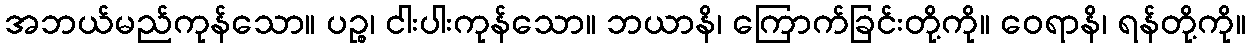
အဘယ်မည်ကုန်သော။ ပဉ္စ၊ ငါးပါးကုန်သော။ ဘယာနိ၊ ကြောက်ခြင်းတို့ကို။ ဝေရာနိ၊ ရန်တို့ကို။